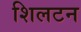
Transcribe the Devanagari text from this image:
शिलटन